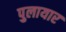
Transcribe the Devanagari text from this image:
पुलायार